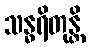
သန္ဓရိတုန္တိ